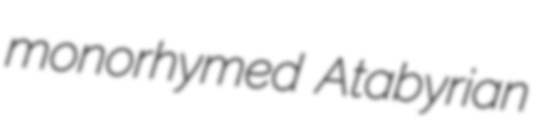
monorhymed Atabyrian